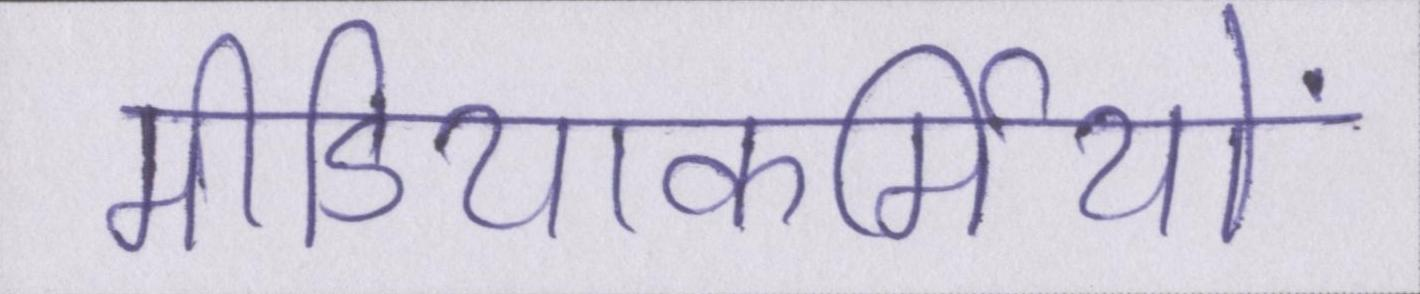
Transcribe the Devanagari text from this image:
मीडियाकर्मियों